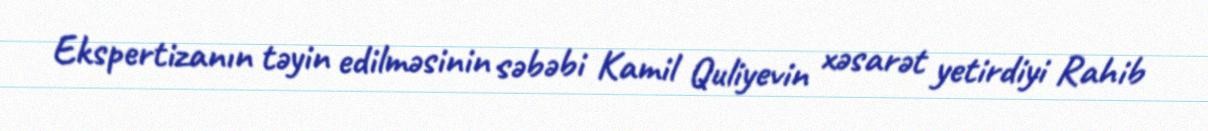
Ekspertizanın təyin edilməsinin səbəbi Kamil Quliyevin xəsarət yetirdiyi Rahib